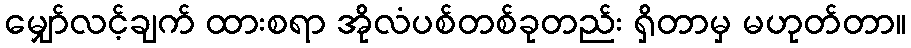
မျှော်လင့်ချက် ထားစရာ အိုလံပစ်တစ်ခုတည်း ရှိတာမှ မဟုတ်တာ။